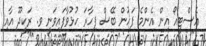
އެސްޓީއޯ އިން އެންމެ ފަހުން ބޭސް ފިހާރަ ހުޅުވާފައިވަނީ ވ. ރަކީދޫ އާއި